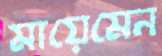
মায়েমেন